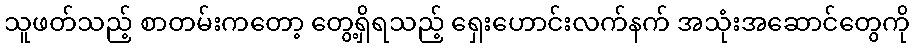
သူဖတ်သည့် စာတမ်းကတော့ တွေ့ရှိရသည့် ရှေးဟောင်းလက်နက် အသုံးအဆောင်တွေကို